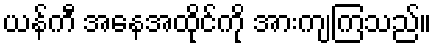
ယန်ကီ အနေအထိုင်ကို အားကျကြသည်။